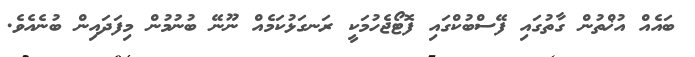
ބައެއް އުޚްތުން ގާތުގައި ފޭސްބުކްގައި ފޮޓޯޖެހުމަކީ ރަނގަޅުކަމެއް ނޫނޭ ބުނުމުން މިފަދައިން ބުނެއެވެ.